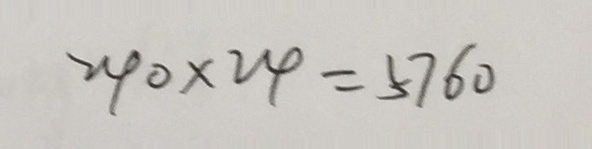
2 4 0 \times 2 4 = 5 7 6 0